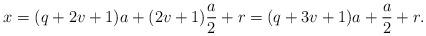
LaTeX: \begin{align*}x & = (q + 2 v + 1) a + (2 v +1) \frac{a}{2} + r = (q + 3v + 1) a + \frac{a}{2} + r.\end{align*}